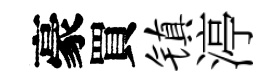
豪買镇渟